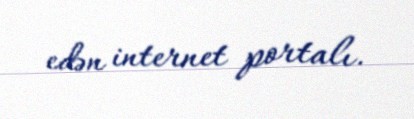
edən internet portalı.